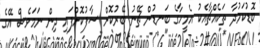
ބޮޑުކަމުދާ ތަކެއްޗާއެކު އެމީހާގެ ބަނޑުން ޗޭނު ބޭރުކޮށް ސާފުކޮށްފައި ދިން ނަމަވެސް އޭގެ